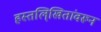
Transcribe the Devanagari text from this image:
हस्तलि्खितांवरून